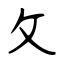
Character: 攵